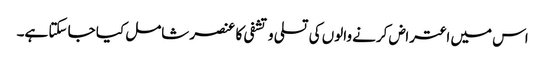
اس میں اعتراض کرنے والوں کی تسلی و تشفی کا عنصر شامل کیا جا سکتا ہے۔